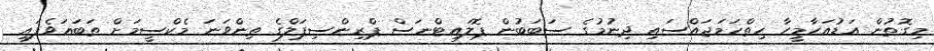
މިގޮތުން އަޑުއަހާމީހާ ހިތްހަމަޖައްސައި ދިނުމުގެ ސަބަބުން ޕޮލައިޓްނަސް ޕްރިންސިޕަލްގެ ތިންވަނަ މެކްސީމަށް ތަބަޢަވެފައި